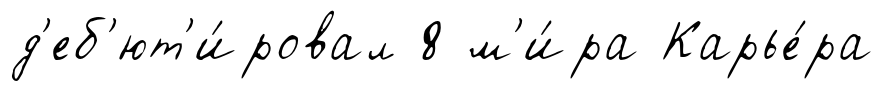
д'еб'ют'и́ровал 8 м'и́ра Карье́ра